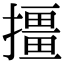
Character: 㩖